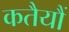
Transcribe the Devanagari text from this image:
कतैयौं